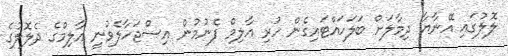
ލޮލުގައި އޭނާޔާ ދިމާލަށް ބަލަހައްޓައިގެން ހުރި އާލިމް ފެނުމުން އިސްޖަހާލެވުނީ އާލިމްގެ ދެލޮލުގެ